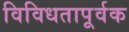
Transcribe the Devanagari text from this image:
विविधतापूर्वक